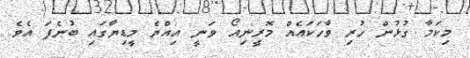
މިކަމާ ގުޅުން ހުރި ވާހަކައެއް މޮރީނިއޯ ވަނީ އިއްޔެ މީޑިޔާގައި ބުނެފަ އެވެ.